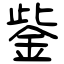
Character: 鈭